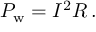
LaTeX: P _ { \mathrm { { w } } } = I ^ { 2 } R \, .